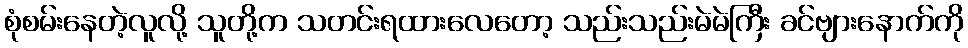
စုံစမ်းနေတဲ့လူလို့ သူတို့က သတင်းရထားလေတော့ သည်းသည်းမဲမဲကြီး ခင်ဗျားနောက်ကို